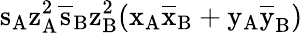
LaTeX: \mathrm{s_{A}\mathrm{z_{A}^{2}\mathrm{\overline{{s}}_{B}\mathrm{z_{B}^{2}(\mathrm{x_{A}\mathrm{\overline{{x}}_{B}+\mathrm{y_{A}\mathrm{\overline{{y}}_{B})}}}}}}}}